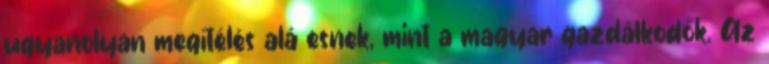
ugyanolyan megítélés alá esnek, mint a magyar gazdálkodók. Az